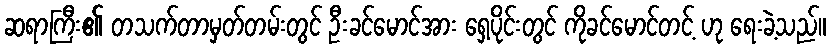
ဆရာကြီး၏ တသက်တာမှတ်တမ်းတွင် ဦးခင်မောင်အား ရှေ့ပိုင်းတွင် ကိုခင်မောင်တင့် ဟု ရေးခဲ့သည်။